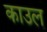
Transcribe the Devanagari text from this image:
काउल